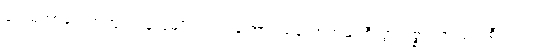
မကွဲမကွာချင်ကြဘူး၊ ရန်သူမျိုး ငါးပါးကြောင့် မတော်တဆ စီးပွားဥစ္စာတွေ ပျက်စီးသွားရင်